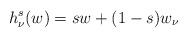
LaTeX: \begin{align*}h_\nu^s(w)=sw+(1-s)w_\nu\end{align*}